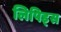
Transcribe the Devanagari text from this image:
लिपिड्स